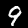
Digit: 9